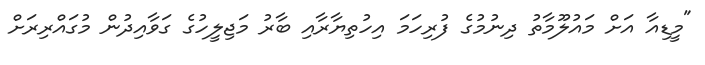
"މީޑިއާ އަށް މައުލޫމާތު ދިނުމުގެ ފުރިހަމަ އިހުތިޔާރާއި ބާރު މަޖިލީހުގެ ގަވާއިދުން މުގައްރިރަށް